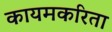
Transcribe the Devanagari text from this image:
कायमकरिता